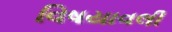
વિષયાવલી